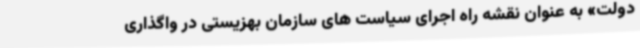
دولت» به عنوان نقشه راه اجرای سیاست های سازمان بهزیستی در واگذاری